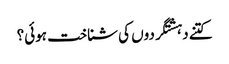
کتنے دہشتگردوں کی شناخت ہوئی؟